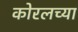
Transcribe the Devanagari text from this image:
काेरलच्या